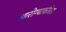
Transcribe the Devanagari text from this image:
आरोग्याकरिता